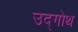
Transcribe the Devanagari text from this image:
उद्गोथ